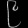
Digit: ၉